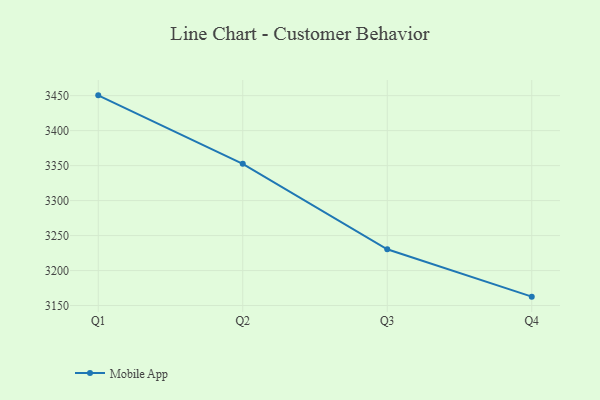
{"axis": {"x": "Quarter", "y": "Backlog"}, "legend": ["Mobile App"], "data": [{"x": "Q1", "y": 3450.4, "type": "Mobile App"}, {"x": "Q2", "y": 3352.5, "type": "Mobile App"}, {"x": "Q3", "y": 3230.4, "type": "Mobile App"}, {"x": "Q4", "y": 3162.7, "type": "Mobile App"}]}